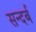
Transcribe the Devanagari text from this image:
सन्दर्ब